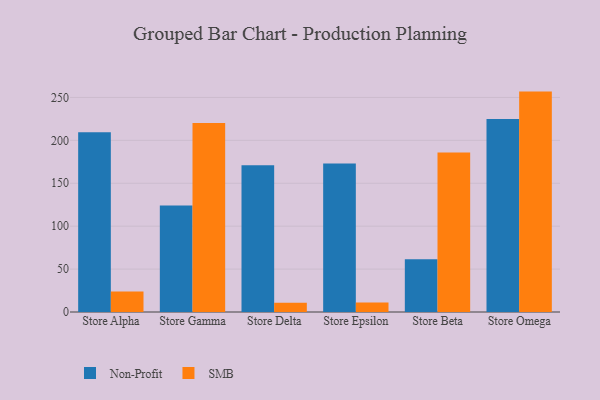
{"axis": {"x": "Store", "y": "Inventory Turnover"}, "legend": ["Non-Profit", "SMB"], "data": [{"x": "Store Alpha", "y": 209.4, "type": "Non-Profit"}, {"x": "Store Alpha", "y": 23.8, "type": "SMB"}, {"x": "Store Gamma", "y": 124.0, "type": "Non-Profit"}, {"x": "Store Gamma", "y": 220.3, "type": "SMB"}, {"x": "Store Delta", "y": 171.1, "type": "Non-Profit"}, {"x": "Store Delta", "y": 10.8, "type": "SMB"}, {"x": "Store Epsilon", "y": 173.0, "type": "Non-Profit"}, {"x": "Store Epsilon", "y": 11.1, "type": "SMB"}, {"x": "Store Beta", "y": 61.5, "type": "Non-Profit"}, {"x": "Store Beta", "y": 185.7, "type": "SMB"}, {"x": "Store Omega", "y": 225.0, "type": "Non-Profit"}, {"x": "Store Omega", "y": 256.8, "type": "SMB"}]}